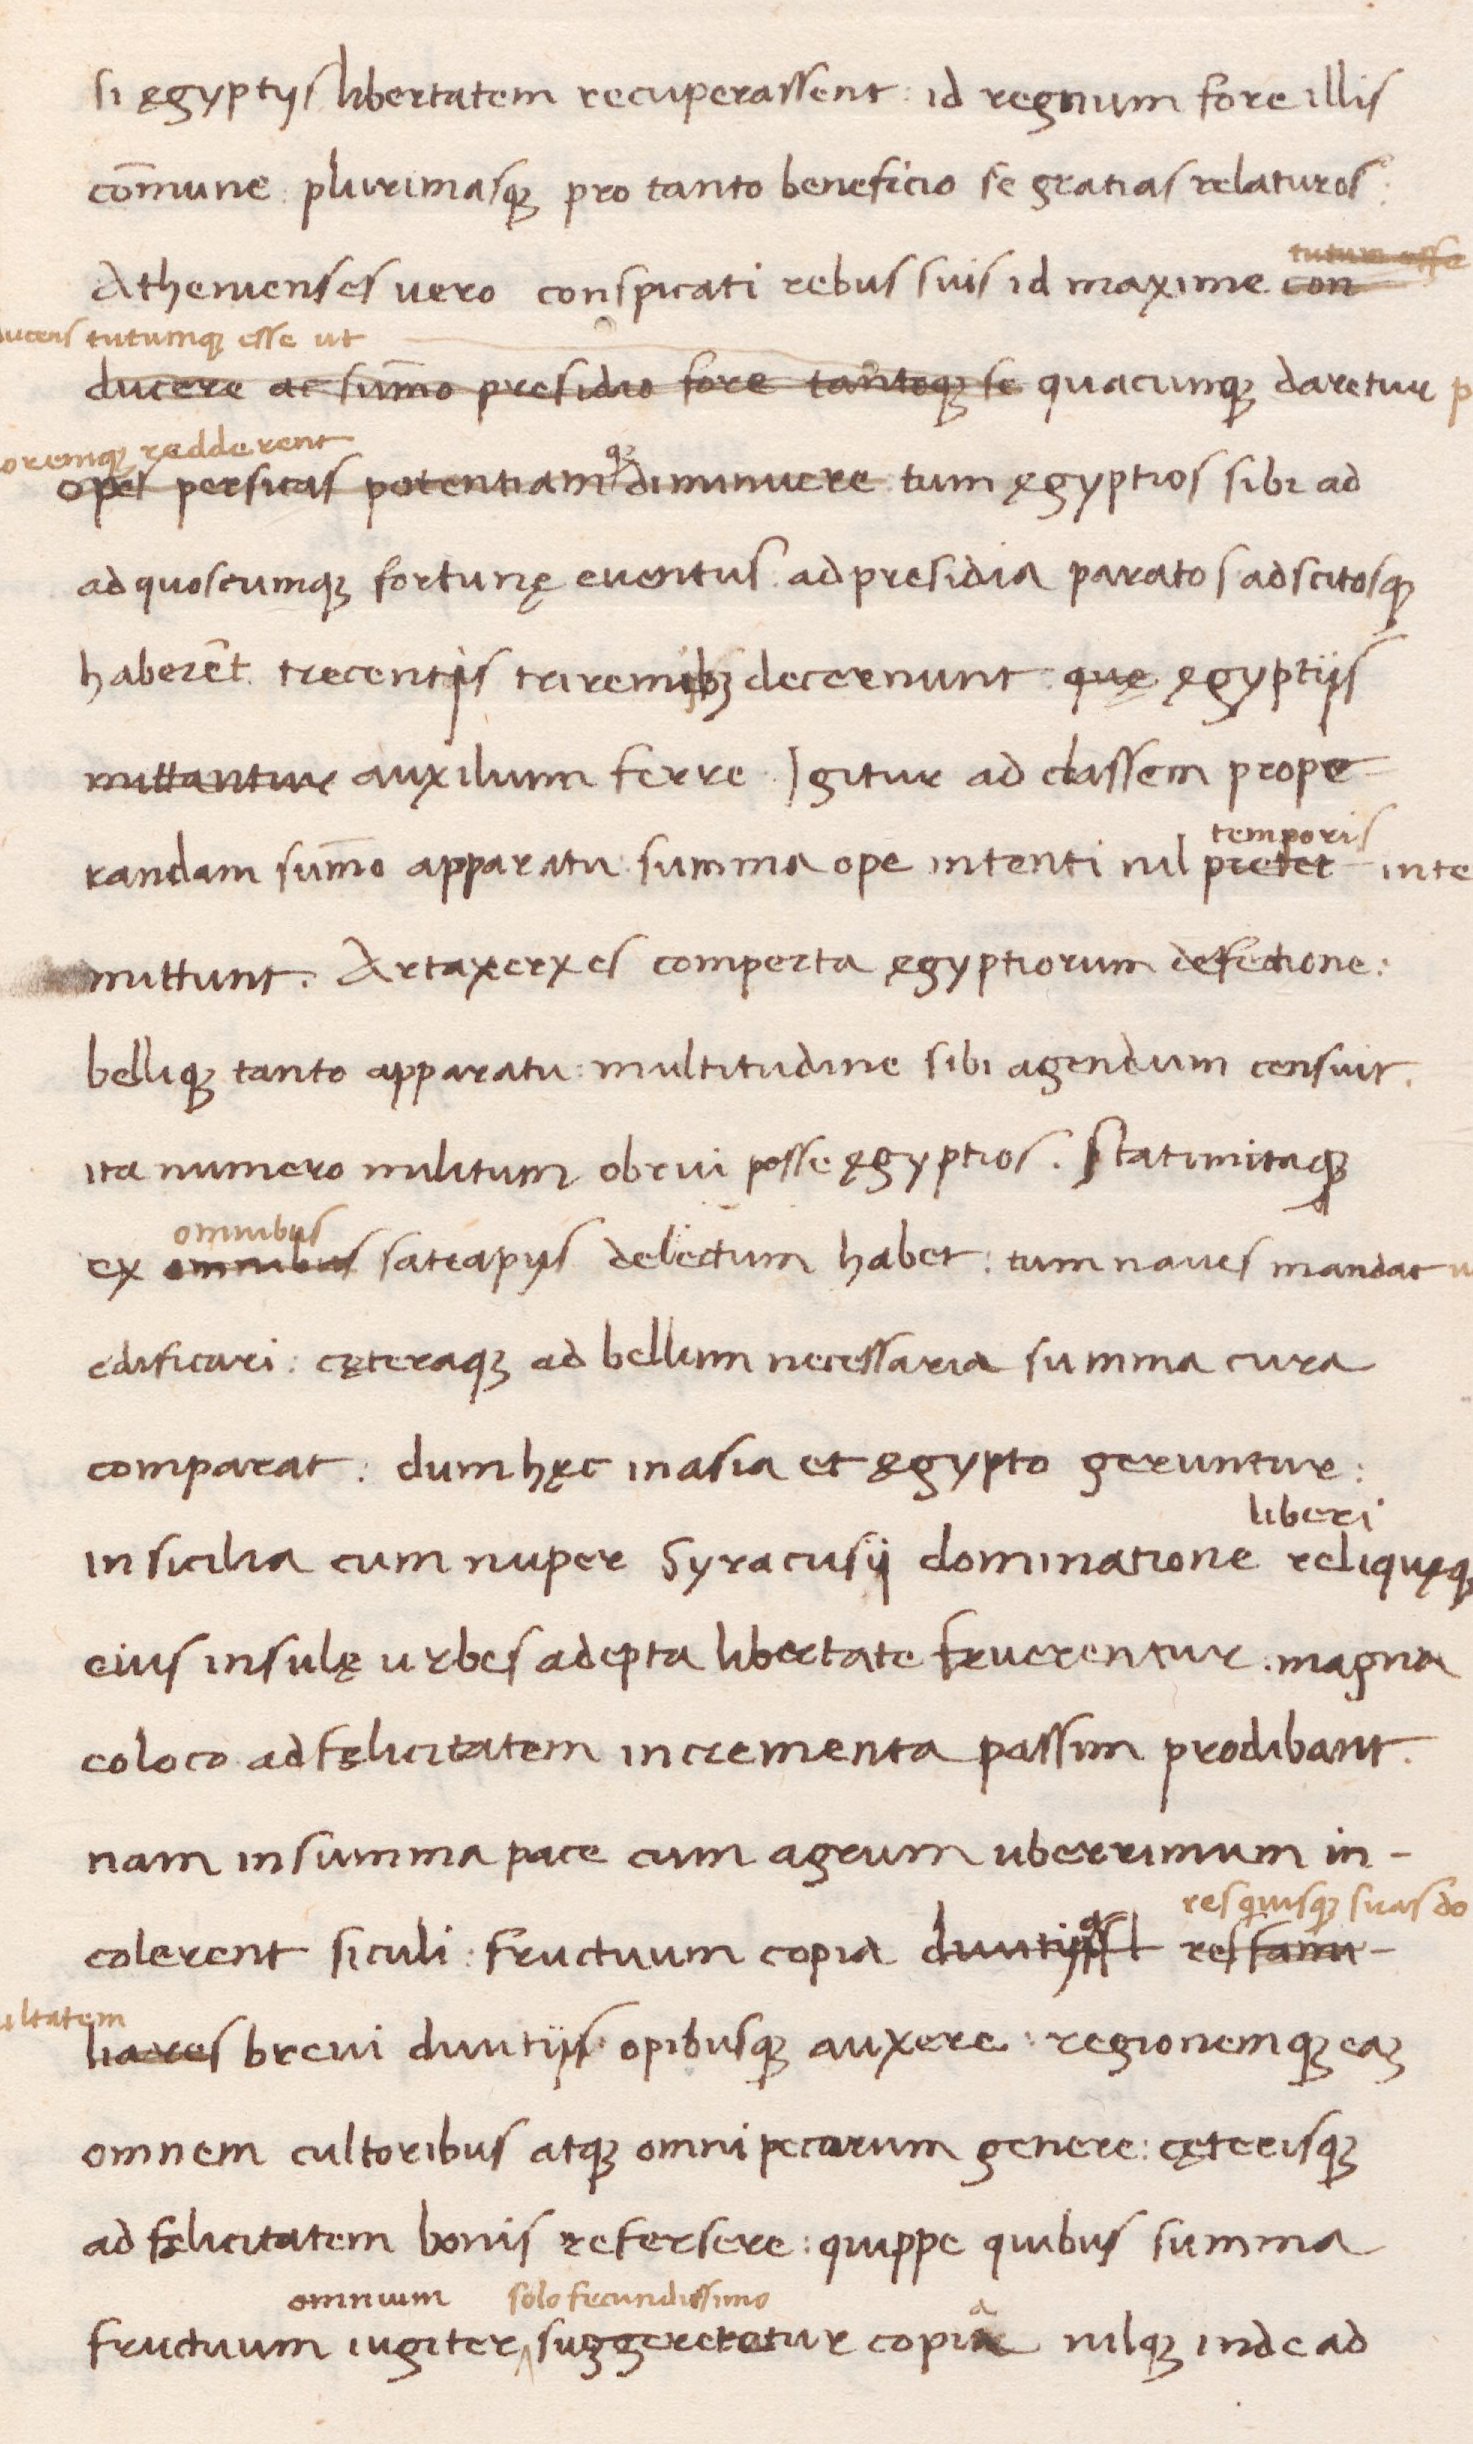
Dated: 1438–1468